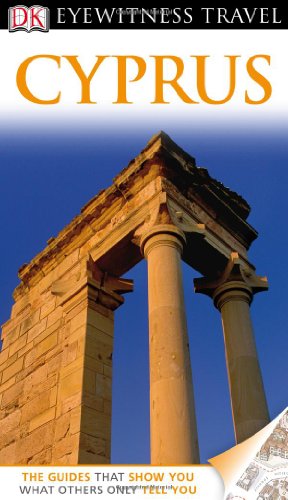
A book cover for DK Eyewitness Travel Guide: Cyprus; DK Publishing; Travel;